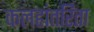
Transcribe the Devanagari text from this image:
कलहांतरिता